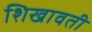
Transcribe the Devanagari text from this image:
शिखावती